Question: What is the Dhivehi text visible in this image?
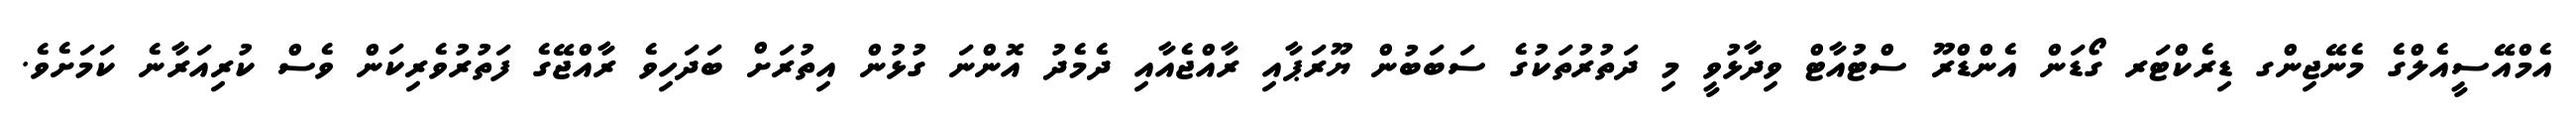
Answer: އެމްއޭސީއެލްގެ މެނޭޖިންގ ޑިރެކްޓަރ ގޯޑަން އެންޑްރޫ ސްޓުއާޓް ވިދާޅުވީ މި ދަތުރުތަކުގެ ސަބަބުން ޔޫރަޕާއި ރާއްޖެއާއި ދެމެދު އޮންނަ ގުޅުން އިތުރަށް ބަދަހިވެ ރާއްޖޭގެ ފަތުރުވެރިކަން ވެސް ކުރިއަރާނެ ކަމަށެވެ.